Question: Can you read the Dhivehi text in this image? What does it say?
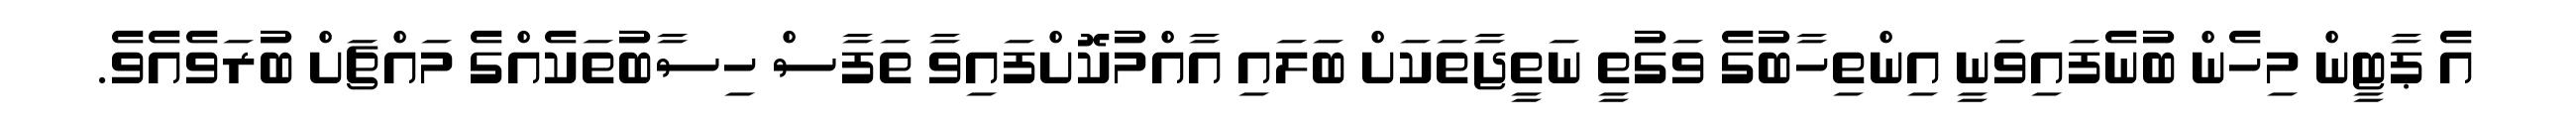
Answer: އެ ޕާޓީން މިހެން ބުނެފައިވަނީ އިންތިހާބުގެ ވަގުތީ ނަތީޖާތަކަށް ބަލައި އާއްމުކޮށްފައިވާ ތަފާސް ހިސާބުތަކެއްގެ މައްޗަށް ބުރަވެއެވެ.